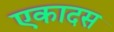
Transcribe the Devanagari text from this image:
एकादस